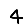
Digit: 4